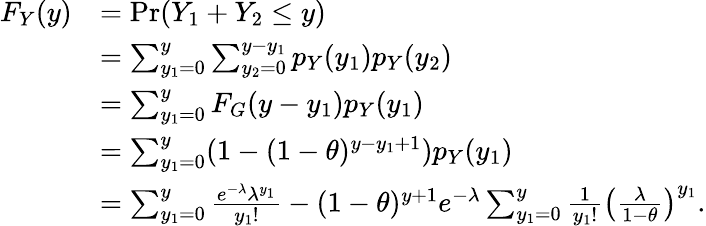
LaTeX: \begin{array}{rl}{F_{Y}(y)}&{=\operatorname*{Pr}(Y_{1}+Y_{2}\leq y)}\\ &{=\sum_{y_{1}=0}^{y}\sum_{y_{2}=0}^{y-y_{1}}p_{Y}(y_{1})p_{Y}(y_{2})}\\ &{=\sum_{y_{1}=0}^{y}F_{G}(y-y_{1})p_{Y}(y_{1})}\\ &{=\sum_{y_{1}=0}^{y}(1-(1-\theta)^{y-y_{1}+1})p_{Y}(y_{1})}\\ &{=\sum_{y_{1}=0}^{y}\frac{e^{-\lambda}\lambda^{y_{1}}}{y_{1}!}-(1-\theta)^{y+1}e^{-\lambda}\sum_{y_{1}=0}^{y}\frac{1}{y_{1}!}\left(\frac{\lambda}{1-\theta}\right)^{y_{1}}.}\end{array}